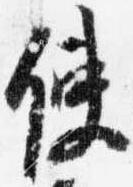
使